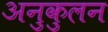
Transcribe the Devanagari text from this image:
अनुकुलन